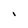
Character: I